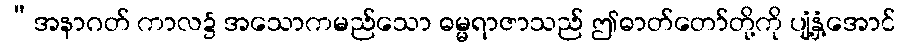
“အနာဂတ် ကာလ၌ အသောကမည်သော ဓမ္မရာဇာသည် ဤဓာတ်တော်တို့ကို ပျံ့နှံ့အောင်